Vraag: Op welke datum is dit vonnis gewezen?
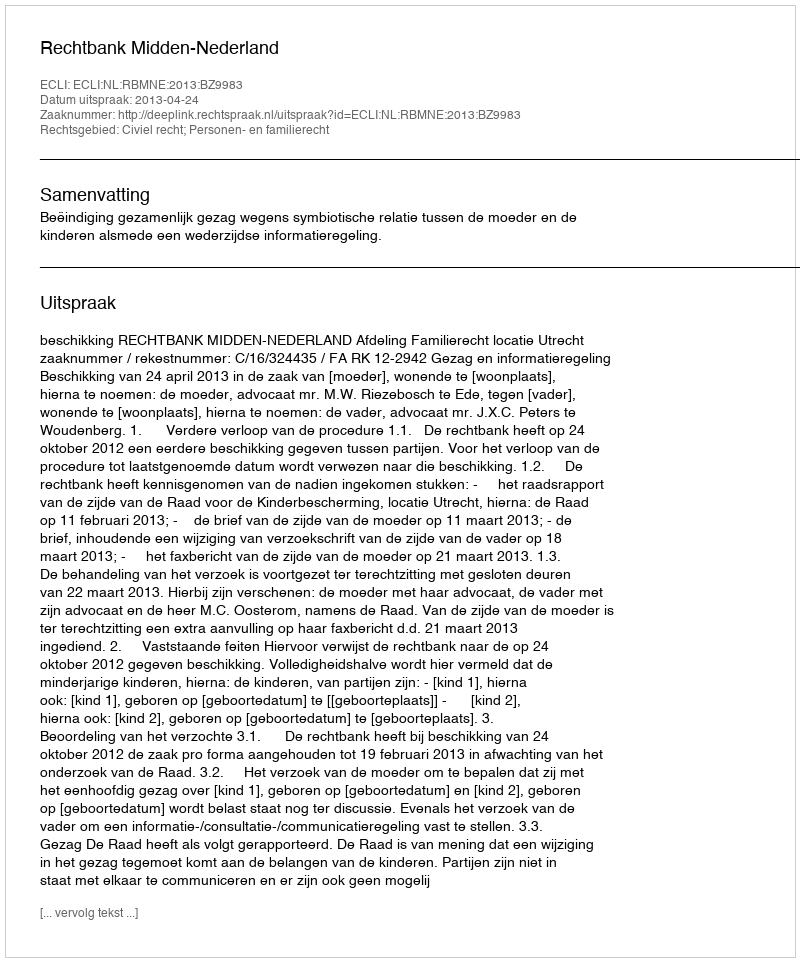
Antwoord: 2013-04-24